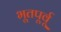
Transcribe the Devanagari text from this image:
भूतपूर्वू